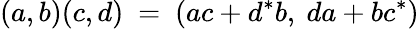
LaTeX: (a,b)(c,d)\ =\ (ac+d^{*}b,\ da+bc^{*})